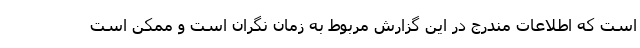
است که اطلاعات مندرج در این گزارش مربوط به زمان نگران است و ممکن است